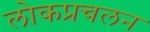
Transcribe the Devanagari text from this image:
लोकप्रचलन